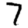
Digit: 7